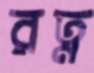
রত্ন